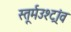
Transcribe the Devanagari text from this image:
स्तूर्मउश्ट्रांव